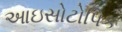
આઇસોટોપિક